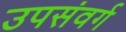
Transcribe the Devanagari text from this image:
उपसंवर्ग